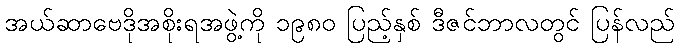
အယ်ဆာဗေဒိုအစိုးရအဖွဲ့ကို ၁၉၈၀ ပြည့်နှစ် ဒီဇင်ဘာလတွင် ပြန်လည်